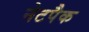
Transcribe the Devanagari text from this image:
नेटपैक